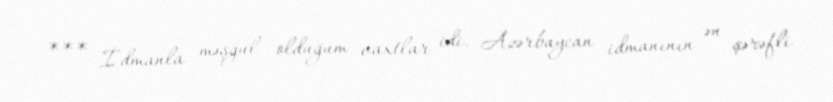
*** İdmanla məşğul olduğum vaxtlar idi. Azərbaycan idmanının ən şərəfli